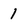
Character: 1